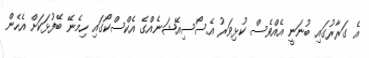
އެ ގަރާރުގައި ބުނަނީ އެއްވެސް ކުޅިވަރު އެސޯސިއޭޝަނެއްގެ އެކްސްކޯގައި ހިމެނޭ ބޭފުޅަކަށް އެހެން